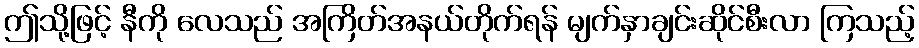
ဤသို့ဖြင့် နီကို လေသည် အကြိတ်အနယ်တိုက်ရန် မျက်နှာချင်းဆိုင်စီးလာ ကြသည့်